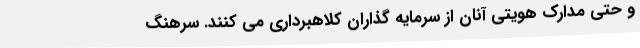
و حتی مدارک هویتی آنان از سرمایه گذاران کلاهبرداری می کنند. سرهنگ